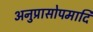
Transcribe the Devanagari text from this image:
अनुप्रासोपमादि